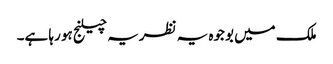
ملک میں بوجوہ یہ نظریہ چیلنج ہو رہا ہے۔